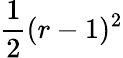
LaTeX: \frac{1}{2}(r-1)^{2}